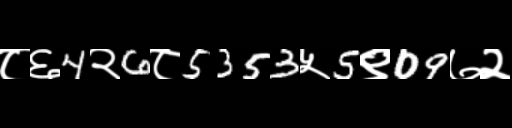
Text: ८६4२6८5353५5९09७२